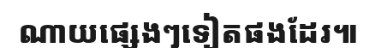
ណាយផ្សេងៗទៀតផងដែរ៕